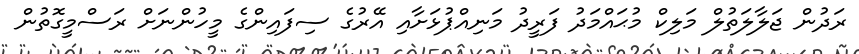
ރަދުން ޖަލާލަތުލް މަލިކް މުޙައްމަދު ފަރީދު މަނިއްޕުޅަށާއި އޭރުގެ ސިފައިންގެ މީހުންނަށް ރަސްމީގޮތުން